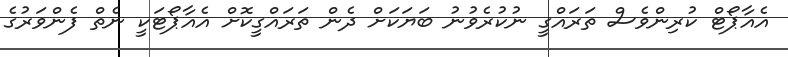
އެއާޕޯޓް ކުރިންވެސް ތަރައްގީ ނުކުރެވުނު ބަޔަކަށް ދެން ތަރައްގީކޮށް އެއާޕޯޓަކީ ނެތް ފެންވަރުގެ